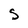
Character: S